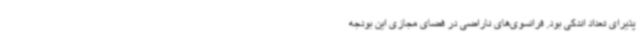
پذیرای تعداد اندکی بود. فرانسوی‌های ناراضی در فضای مجازی این بودجه